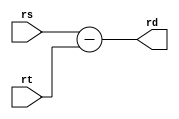
module sub
(
    input      [31:0] rs, rt,
    output     [31:0] rd
);

    assign rd = rs - rt;

endmodule